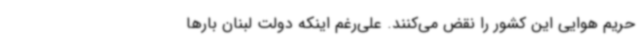
حریم هوایی این کشور را نقض می‌کنند. علی‌رغم اینکه دولت لبنان بارها